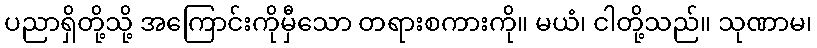
ပညာရှိတို့သို့ အကြောင်းကိုမှီသော တရားစကားကို။ မယံ၊ ငါတို့သည်။ သုဏာမ၊